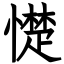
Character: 憷